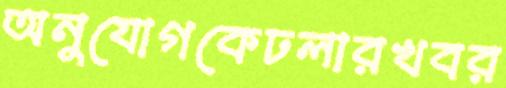
অনুযোগকেঢলারখবর